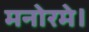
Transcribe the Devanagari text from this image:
मनोरमे।